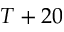
T + 2 0